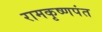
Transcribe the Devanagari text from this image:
रामकृष्णपंत